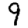
Digit: 9